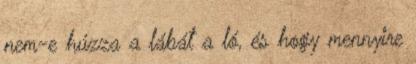
nem-e húzza a lábát a ló, és hogy mennyire